Report of the King Institute of Preventive Medicine, Guindy
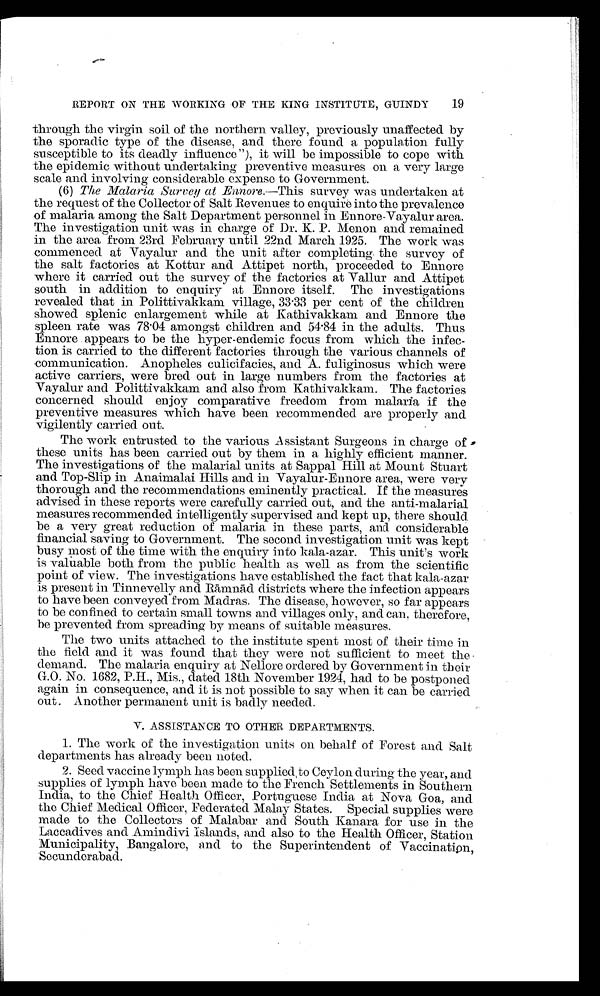
19
REPORT ON THE WORKING OF THE KING INSTITUTE, GUINDY
through the virgin soil of the northern valley, previously unaffected by
the sporadic type of the disease, and there found a population fully
susceptible to its deadly influence"), it will be impossible to cope with
the epidemic without undertaking preventive measures on a very large
scale and involving considerable expense to Government.
(6) The Malaria Survey at Ennore.— This survey was undertaken at
the request of the Collector of Salt Revenues to enquire into the prevalence
of malaria among the Salt Department personnel in Ennore-Vayalur area.
The investigation unit was in charge of Dr. K. P. Menon and remained
in the area from 23rd February until 22nd March 1925. The work was
commenced at Vayalur and the unit after completing the survey of
the salt factories at Kottur and Attipet north, proceeded to Ennore
where it carried out the survey of the factories at Vallur and Attipet
south in addition to enquiry at Ennore itself. The investigations
revealed that in Polittivakkam village, 33.33 per cent of the children
showed splenic enlargement while at Kathivakkam and Ennore the
spleen rate was 78.04 amongst children and 54.84 in the adults. Thus
Ennore appears to be the hyper-endemic focus from which the infec
-
tion is carried to the different factories through the various channels of
communication. Anopheles culicifacies, and A fuliginosus which were
active carriers, were bred out in large numbers from the factories at
Vayalur and Polittivakkam and also from Kathivakkam. The factories
concerned should enjoy comparative freedom from malaria if the
preventive measures which have been recommended are properly and
vigilently carried out.
The work entrusted to the various Assistant Surgeons in charge of
these units has been carried out by them in a highly efficient manner.
The investigations of the malarial units at Sappal Hill at Mount Stuart
and Top-Slip in Anaimalai Hills and in Vayalur-Ennore area, were very
thorough and the recommendations eminently practical. If the measures
advised in these reports were carefully carried out, and the anti-malarial
measures recommended intelligently supervised and kept up, there should
be a very great reduction of malaria in these parts, and considerable
financial saving to Government. The second investigation unit was kept
busy most of the time with the enquiry into kala-azar. This unit's work
is valuable both from the public health as well as from the scientific
point of view. The investigations have established the fact that kala-azar
is present in Tinnevelly and R ā mnā d districts where the infection appears
to have been conveyed from Madras. The disease, however, so far appears
to be confined to certain small towns and villages only, and can, therefore,
be prevented from spreading by means of suitable measures.
The two units attached to the institute spent most of their time in
the field and it was found that they were not sufficient to meet the
demand. The malaria enquiry at Nellore ordered by Government in their
G.O. No. 1682, P.H., Mis., dated 18th November 1924, had to be postponed
again in consequence, and it is not possible to say when it can be carried
out. Another permanent unit is badly needed.
V. ASSISTANCE TO OTHER DEPARTMENTS.
1. The work of the investigation units on behalf of Forest and Salt
departments has already been noted.
2. Seed vaccine lymph has been supplied to Ceylon during the year, and
supplies of lymph have been made to the French Settlements in Southern
India, to the Chief Health Officer, Portuguese India at Nova Goa, and
the Chief Medical Officer, Federated Malay States. Special supplies were
made to the Collectors of Malabar and South Kanara for use in the
Laccadives and Amindivi Islands, and also to the Health Officer, Station
Municipality, Bangalore, and to the Superintendent of Vaccination,
Secunderabad.